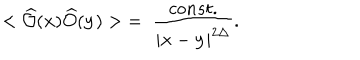
LaTeX: < \widehat { \cal O } ( { \bf x } ) \widehat { \cal O } ( { \bf y } ) > \; = \; \frac { c o n s t . } { | { \bf x } - { \bf y } | ^ { 2 \Delta } } .